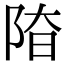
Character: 𨹞